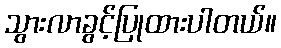
သွားလာခွင့်ပြုထားပါတယ်။